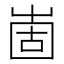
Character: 𡹍